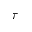
\tau